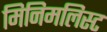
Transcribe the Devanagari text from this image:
मिनिमलिस्ट